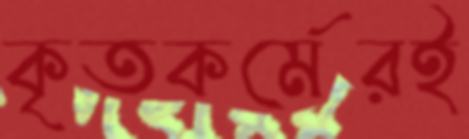
কৃতকর্মেরই